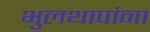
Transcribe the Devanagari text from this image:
भुलथापांना